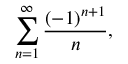
\sum _ { n = 1 } ^ { \infty } { \frac { ( - 1 ) ^ { n + 1 } } { n } } ,